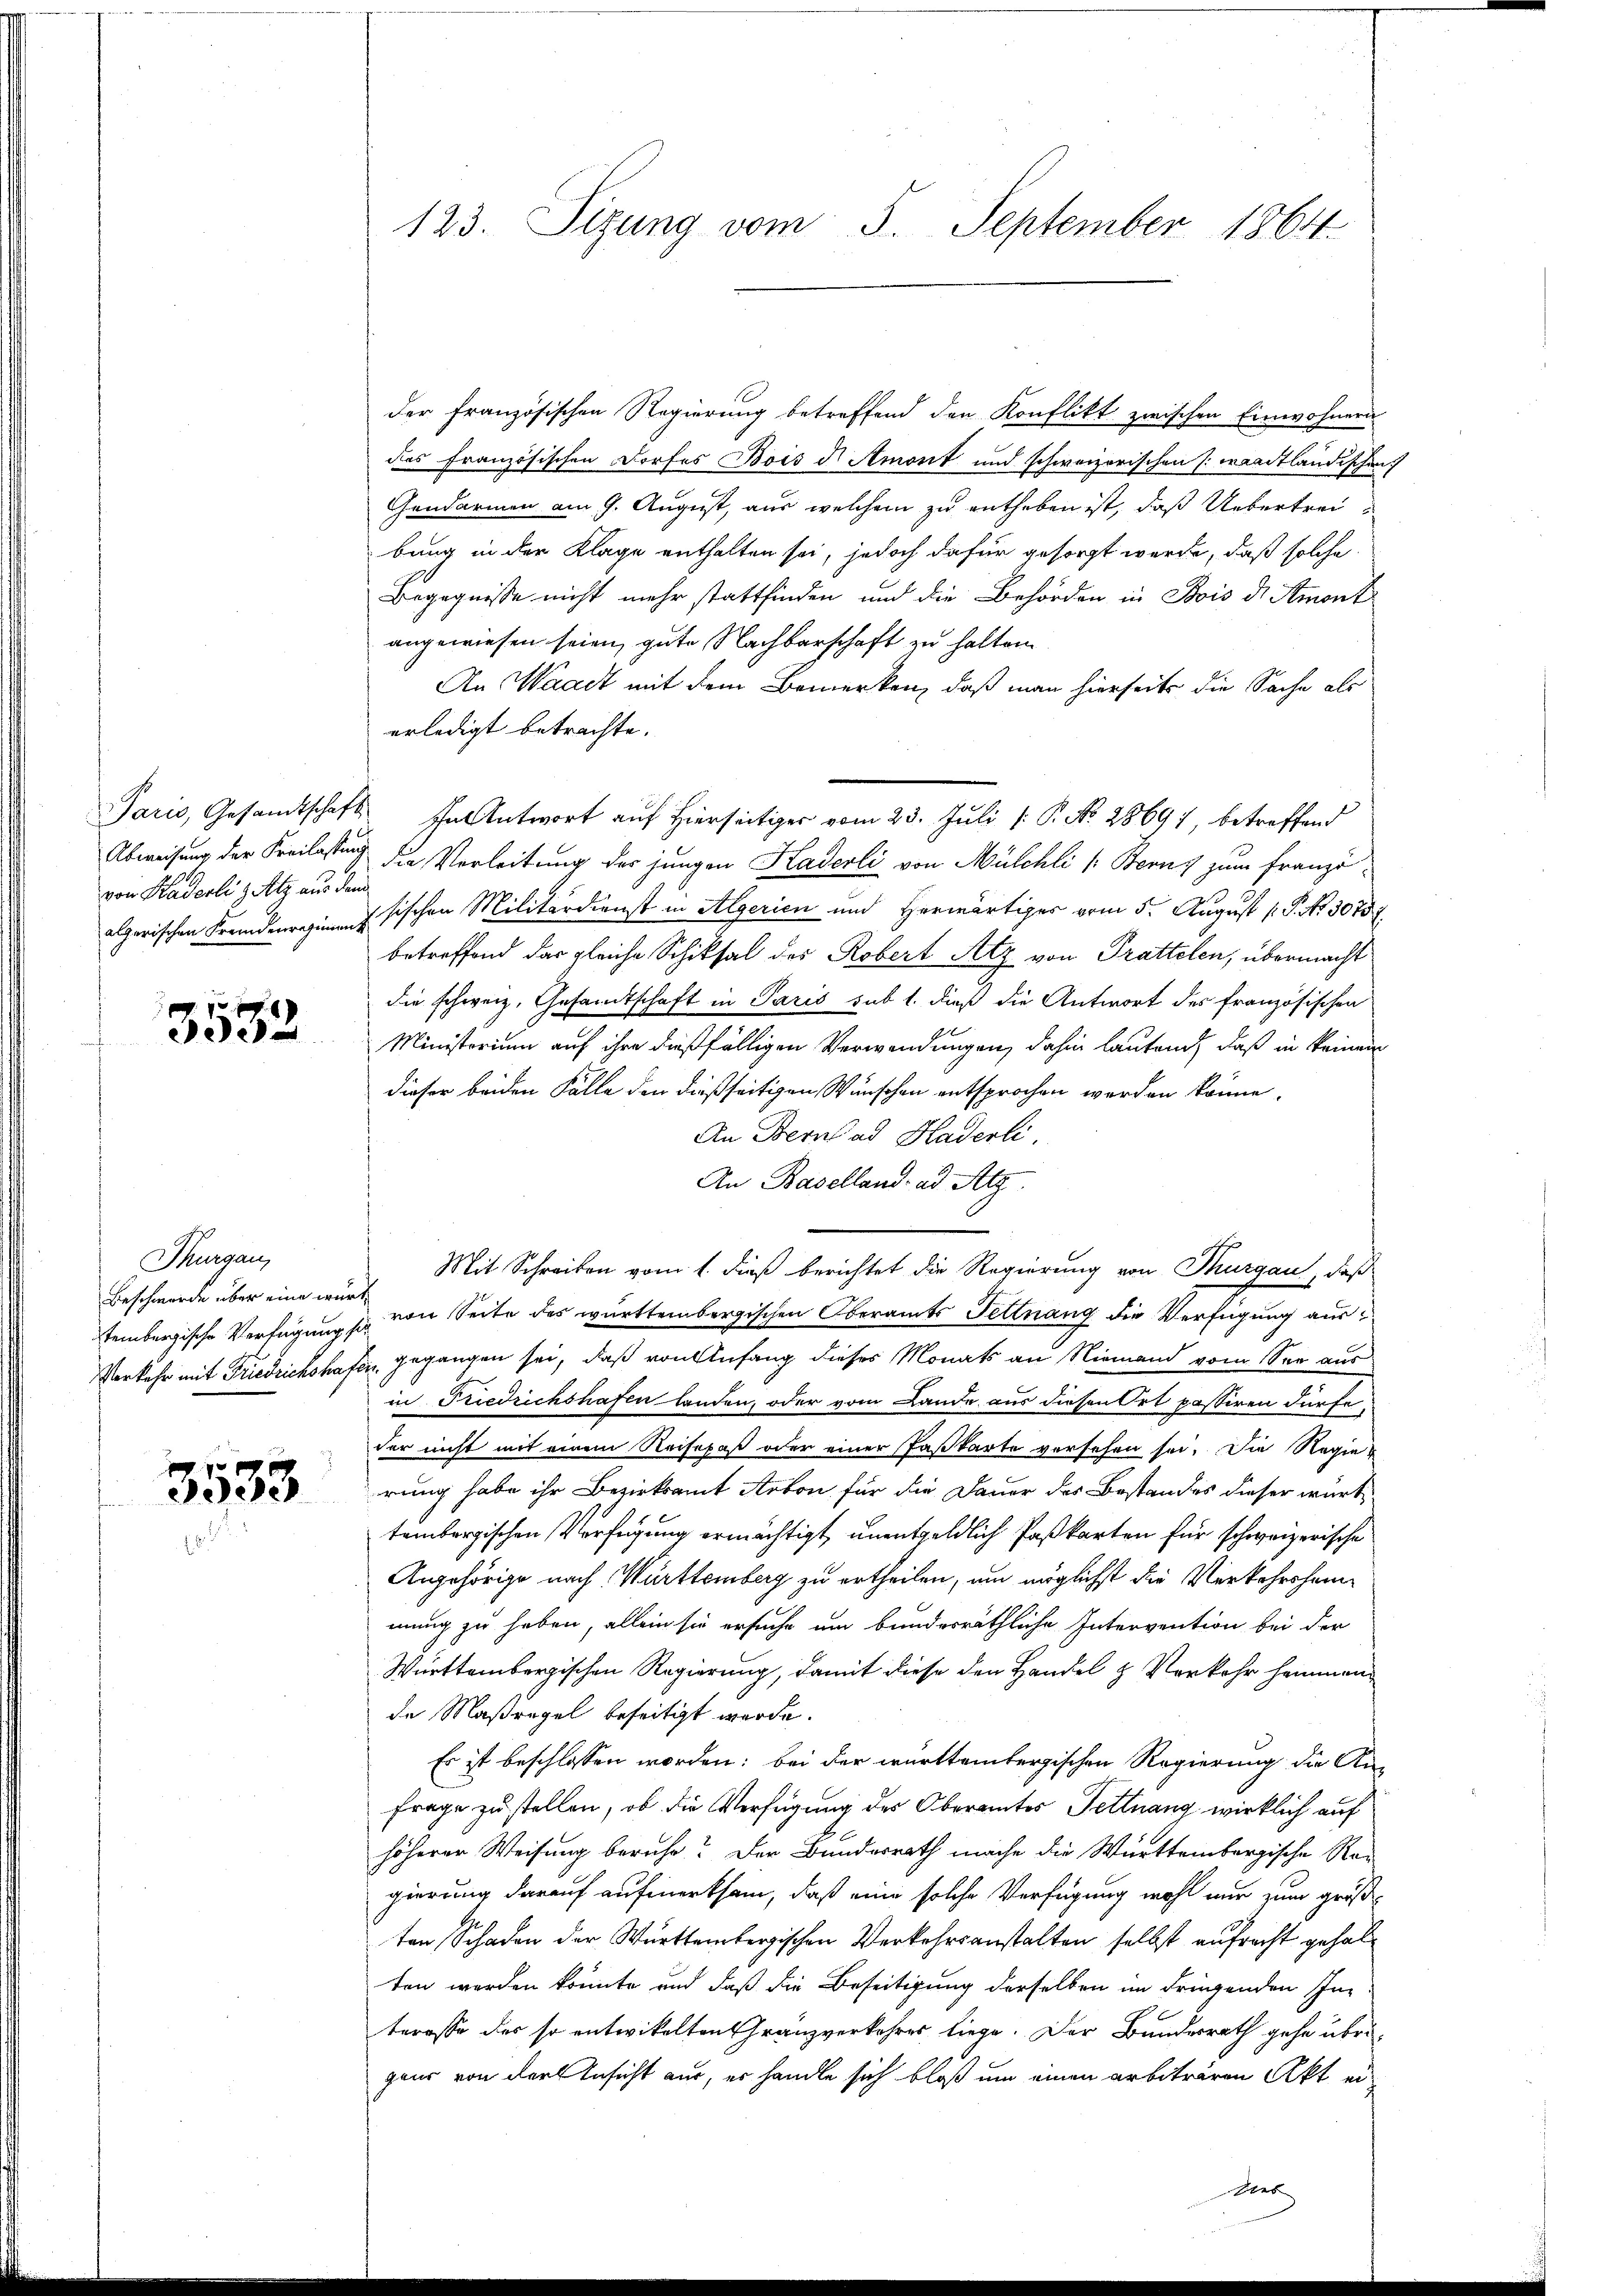
von Haderlis Atz aus dem

3532

Thurgau,
Beschwerde über eine würt¬

3533

123. Sizung vom 5. September 1864.

der französischen Regierung betreffend den Konflikt zwischen Einwohnern
das französischen Dorfes Bois d. Amont und schweizerischen [waadtländischen
Gendarmen am 9. August, aus welchem zu entheben ist, daß Uebertrei
bung in der Klage enthalten sei, jedoch dafür gesorgt werde, daß solche
Begegnisse nicht mehr stattfinden und die Behörden in Stois d. Amont
angewiesen seien, gute Nachbarschaft zu halten.
An Waadt mit dem Bemerken, daß man hierseits die Sache als
erledigt betrachte.
Paris, Gesandtschaft antwort auf Hierseitiger vom 23. Juli [: P. No. 2869), betreffend
Abweisung der Kreilastung die Verleitung der jungen Kaderli von Mülchli (Bern, zum Franzöalgarischen Fremdenregimentsischen Militärdienst in Algerien und Herwärtiges vom 5. August [P. Nr. 30737.
betreffend das gleiche Schiksal des Robert Atz von Prattelen, übermacht
die schweiz. Gesamtschaft in Paris sub 1. dieß die Antwort des französischen
Ministorium auf ihre dießfälligen Verwendungen, dahin lautend, daß in keinem
dieser beiden Fälle den dießseitigen Wünschen entsprochen werden könne.
An Bernad Haderli.
An Baselland ad Atz
Mit Schreiben vom 1. dieß berichtet die Regierung von Thurgau, daß
tembergische Verfügung so von Seite des württembergischen Oberamts Fettnang die Verfügung aus¬
Verkehr mit Friedrichshafen gegangen sei, daß von Anfang dieses Monats an Niemand vom See aus
in Friedrichshafen landen, oder vom Lande aus diesen Ort passiren dürfe,
der nicht mit einem Reisepaß oder einer Paßkarte versehen sei. Die Regierung habe ihr Bezirksamt Arbon für die Dauer des Bestandes dieser würt
tembergischen Verfügung ermächtigt, unentgeldlich Paßkarten für schweizerische
Angehörige nach Württemberg zu ertheilen, um möglichst die Verkehrsheimmung zu haben, allein sie ersuche um bunderräthliche Intervention bei der
Württembergischen Regierung, damit diese den Handel & Verkehr hammen
de Maßregel beseitigt werde.
Es ist beschlossen worden; bei der württembergischen Regierung die An¬
Frage zu stellen, ob die Verfügung des Oberamtes Fettnang wirklich auf
höherer Weisung beruhe? Der Bundesrath mache die Württembergische Rei
gierung darauf aufmerksam, daß eine solche Verfügung wohl nur zum größ
ten Schaden der Württembergischen Verkehrsanstalten selbst aufrecht gehalten werden könnte und daß die Beseitigung derselben im dringenden In-
terasse des so entwickelten Gränzverkehres liege. Der Bundesrath gehe übrigaur von der Ansicht aus, er handle sich bloß um einen erbeträren Akt eidies